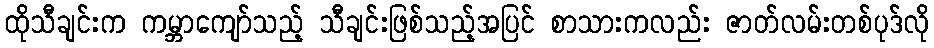
ထိုသီချင်းက ကမ္ဘာကျော်သည့် သီချင်းဖြစ်သည့်အပြင် စာသားကလည်း ဇာတ်လမ်းတစ်ပုဒ်လို